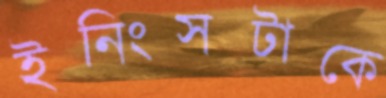
ইনিংসটাকে